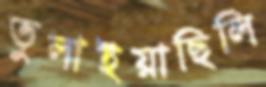
তুলাইয়াছিলি